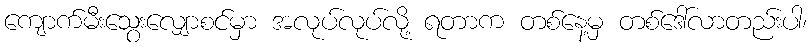
ကျောက်မီးသွေးလျှောစင်မှာ အလုပ်လုပ်လို့ ရတာက တစ်နေ့မှ တစ်ဒေါ်လာတည်းပါ၊